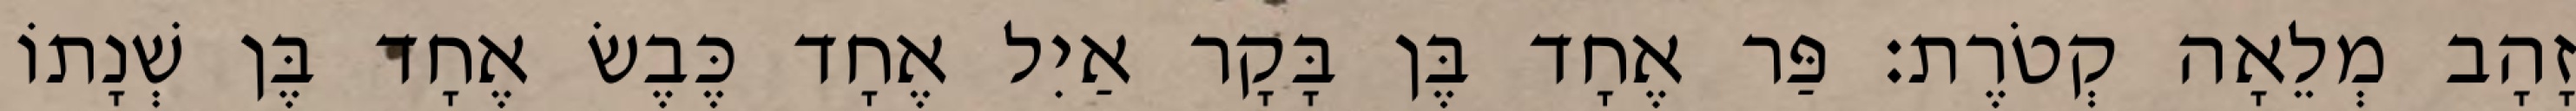
זָהָב מְלֵאָה קְטֹרֶת׃ פַּר אֶחָד בֶּן בָּקָר אַיִל אֶחָד כֶּבֶשׂ אֶחָד בֶּן שְׁנָתוֹ